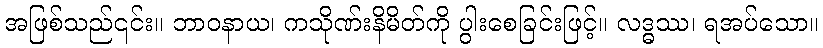
အဖြစ်သည်၎င်း။ ဘာဝနာယ၊ ကသိုဏ်းနိမိတ်ကို ပွါးစေခြင်းဖြင့်။ လဒ္ဓဿ၊ ရအပ်သော။